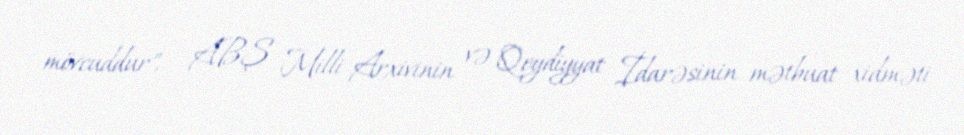
mövcuddur", - ABŞ Milli Arxivinin və Qeydiyyat İdarəsinin mətbuat xidməti